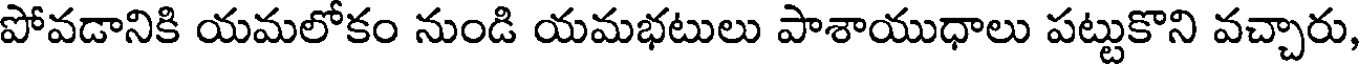
పోవడానికి యమలోకం నుండి యమభటులు పాశాయుధాలు పట్టుకొని వచ్చారు,